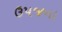
ઉપજના